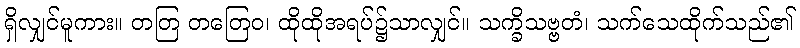
ရှိလျှင်မူကား။ တတြ တတြေဝ၊ ထိုထိုအရပ်၌သာလျှင်။ သက္ခိသဗ္ဗတံ၊ သက်သေထိုက်သည်၏